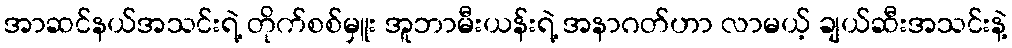
အာဆင်နယ်အသင်းရဲ့ တိုက်စစ်မှူး အူဘာမီးယန်းရဲ့ အနာဂတ်ဟာ လာမယ့် ချယ်ဆီးအသင်းနဲ့